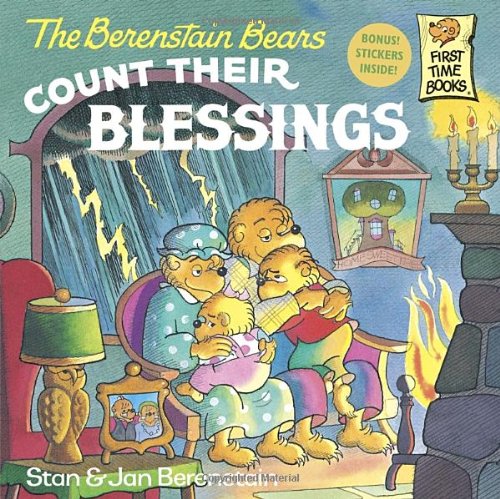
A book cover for The Berenstain Bears Count Their Blessings; Stan Berenstain; Children's Books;